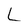
Character: L